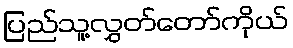
ပြည်သူ့လွှတ်တော်ကိုယ်